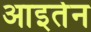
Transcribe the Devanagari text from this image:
आइर्तन